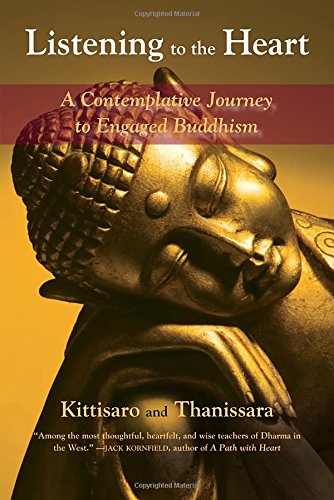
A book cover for Listening to the Heart: A Contemplative Journey to Engaged Buddhism; Kittisaro; Religion & Spirituality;